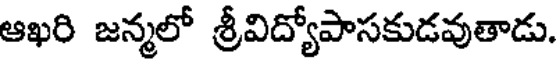
ఆఖరి జన్మలో శ్రీవిద్యోపాసకుడవుతాడు.